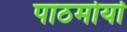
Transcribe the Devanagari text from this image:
पाठमोर्या